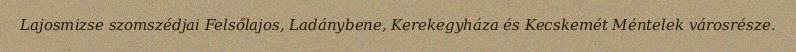
Lajosmizse szomszédjai Felsőlajos, Ladánybene, Kerekegyháza és Kecskemét Méntelek városrésze.